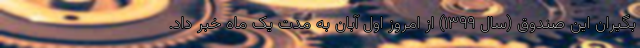
بگیران این صندوق (سال ۱۳۹۹) از امروز اول آبان به مدت یک ماه خبر داد.